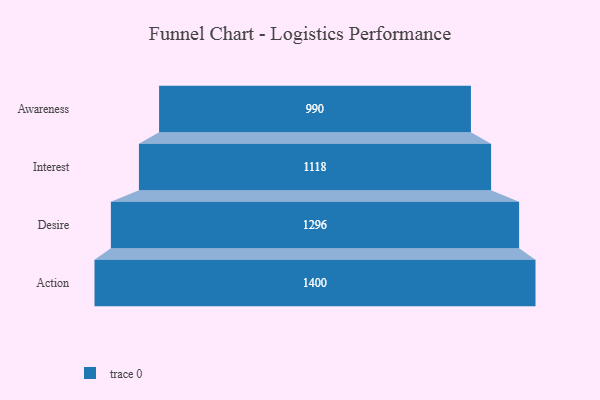
{"axis": {"x": "Stage", "y": "Value"}, "legend": [""], "data": [{"x": "Awareness", "y": 990.0, "type": ""}, {"x": "Interest", "y": 1118.0, "type": ""}, {"x": "Desire", "y": 1296.0, "type": ""}, {"x": "Action", "y": 1400.0, "type": ""}]}